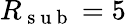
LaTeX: R_{\mathrm{~s~u~b~}}=5